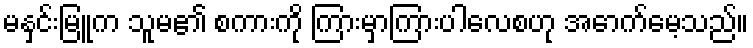
မနှင်းမြူက သူမ၏ စကားကို ကြားမှာကြားပါလေစဟု အောက်မေ့သည်။